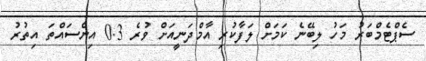
ސެޕްޓެމްބަރު މަހު ލިބޭނެ ކަމަށް ލަފާކުރި އާމްދަނީއަށް ވުރެ 0.3 އިންސައްތަ އިތުރު